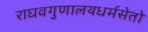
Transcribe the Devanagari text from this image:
राघवगुणालयधर्मसेतो